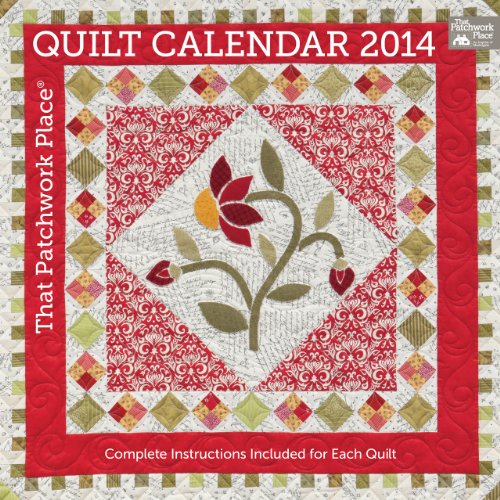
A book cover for That Patchwork Place Quilt Calendar 2014: Complete Instructions Included for Each Quilt; That Patchwork Place; Calendars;